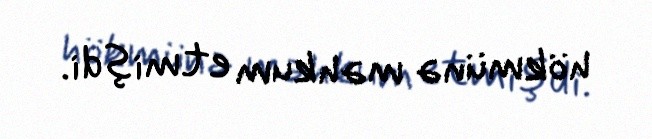
hökmünə məhkum etmişdi.